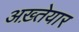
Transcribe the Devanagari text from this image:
अख़्तेयार